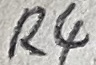
Text: R4